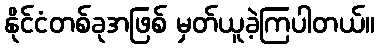
နိုင်ငံတစ်ခုအဖြစ် မှတ်ယူခဲ့ကြပါတယ်။